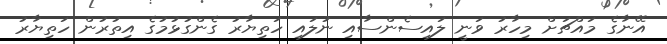
އޭނާގެ މައްޗަށް މިހާރު ވަނީ ލައިސެންސާއި ނުލައި ހަތިޔާރު ގެންގުޅުމުގެ އިތުރުން ހަތިޔާރު